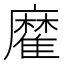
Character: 𩀪